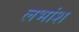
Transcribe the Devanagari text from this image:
लभांश